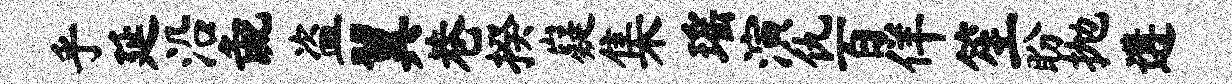
乎延沿彘盗翼巷揆嶷集瑶演仇百佯笙盼抛遘